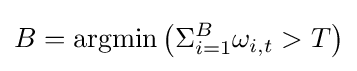
B=\operatorname {argmin} \left(\Sigma _{i=1}^{B}\omega _{i,t}>T\right)